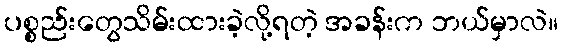
ပစ္စည်းတွေသိမ်းထားခဲ့လို့ရတဲ့ အခန်းက ဘယ်မှာလဲ။